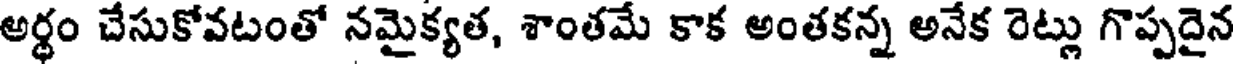
అర్థం చేసుకోవటంతో నమైక్యత, శాంతమే కాక అంతకన్న అనేక రెట్లు గొప్పదైన